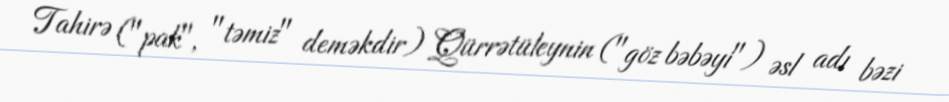
Tahirə ("pak", "təmiz" deməkdir) Qürrətüleynin ("göz bəbəyi") əsl adı bəzi